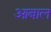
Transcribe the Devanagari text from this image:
आबाल